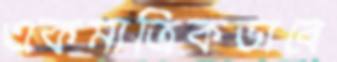
একমাত্রিকভাবে